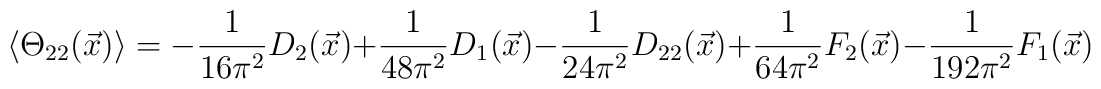
\left\langle \Theta _{22}(\vec{x})\right\rangle =-\frac{1}{16\pi ^{2}}D_{2}(\vec{x})+\frac{1}{48\pi ^{2}}D_{1}(\vec{x})-\frac{1}{24\pi ^{2}}D_{22}(\vec{x})+\frac{1}{64\pi ^{2}}F_{2}(\vec{x})-\frac{1}{192\pi ^{2}}F_{1}(\vec{x})